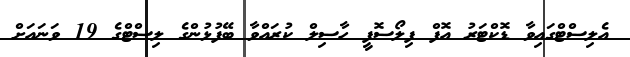
އެލިސްޓްގައިވާ ޑޮކްޓަރު އޮފް ފިލޯސޮފީ ހާސިލް ކުރައްވާ ބޭފުޅުންގެ ލިސްޓްގެ 19 ވަނައަށް